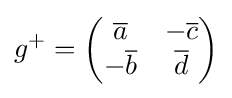
g^{+}={\begin{pmatrix}{\overline {a}}&-{\overline {c}}\\-{\overline {b}}&{\overline {d}}\end{pmatrix}}